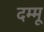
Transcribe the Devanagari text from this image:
दम्मू